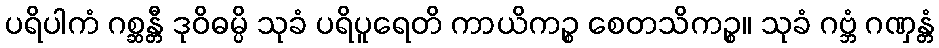
ပရိပါကံ ဂစ္ဆန္တီ ဒုဝိဓမ္ပိ သုခံ ပရိပူရေတိ ကာယိကဉ္စ စေတသိကဉ္စ။ သုခံ ဂဗ္ဘံ ဂဏှန္တံ